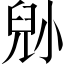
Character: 𡮅